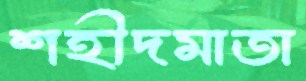
শহীদমাতা